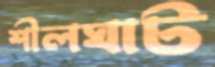
শীলঘাট